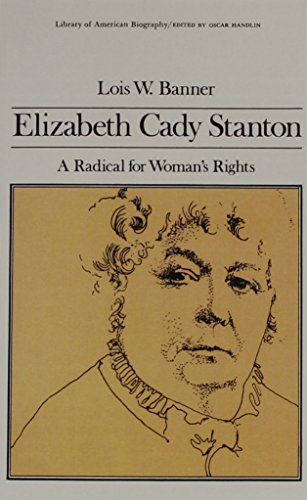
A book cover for Elizabeth Cady Stanton: A Radical for Women's Rights (Library of American Biography Series); Lois W. Banner; Teen & Young Adult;